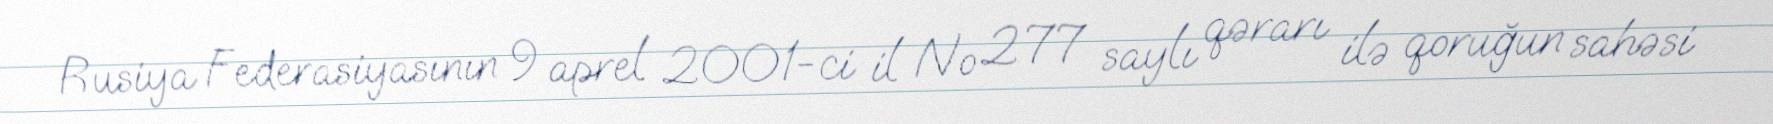
Rusiya Federasiyasının 9 aprel 2001-ci il № 277 saylı qərarı ilə qoruğun sahəsi